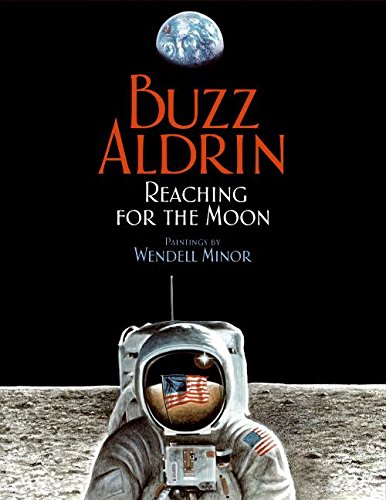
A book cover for Reaching for the Moon; Buzz Aldrin; Children's Books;